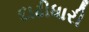
દાઢીધારી